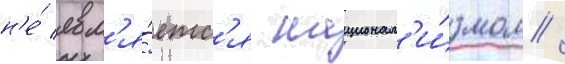
н'е́ явл'я́етс'я национал'и́змом /